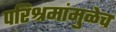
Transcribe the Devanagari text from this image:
परिश्रमांमुळेच